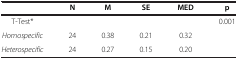
|  | N | M | SE | MED | p |
 | --- | --- | --- | --- | --- | --- |
 | T-Test* |  |  |  |  | 0.001 |
 | Homospecific | 24 | 0.38 | 0.21 | 0.32 |  |
 | Heterospecific | 24 | 0.27 | 0.15 | 0.20 |  |